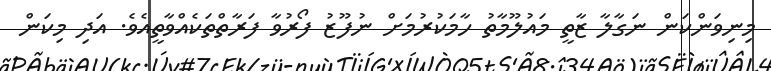
މިނިވަންކަން ނަގާލާ ޒާތީ މައުލޫމާތު ހާމަކުރުމަށް ނުފޫޒު ފޯރުވާ ފަރާތްތަކެއްވާތީއެވެ. އަދި މިކަން